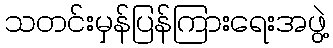
သတင်းမှန်ပြန်ကြားရေးအဖွဲ့